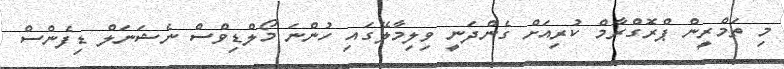
މި ތަމްރީން ޕްރޮގްރާމް ކުރިއަށް ގެންދަނީ ވިލިމާލޭގައި ހުންނަ މޯލްޑިވްސް ނެޝަނަލް ޑިފެންސް